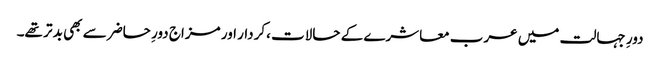
دورِ جہالت میں عرب معاشرے کے حالات ،کردار اور مزاج دورِ حاضر سے بھی بد تر تھے۔